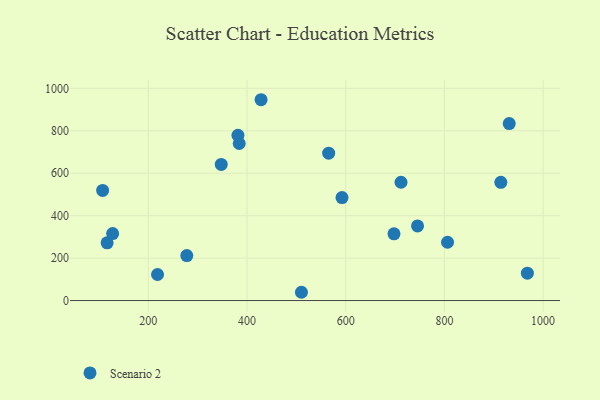
{"axis": {"x": "Speed", "y": "Sales"}, "legend": ["Scenario 2"], "data": [{"x": "697.8", "y": 314.7, "type": "Scenario 2"}, {"x": "806.3", "y": 274.8, "type": "Scenario 2"}, {"x": "914.3", "y": 557.4, "type": "Scenario 2"}, {"x": "347.7", "y": 641.7, "type": "Scenario 2"}, {"x": "127.6", "y": 315.5, "type": "Scenario 2"}, {"x": "277.9", "y": 211.9, "type": "Scenario 2"}, {"x": "116.4", "y": 271.9, "type": "Scenario 2"}, {"x": "428.4", "y": 946.5, "type": "Scenario 2"}, {"x": "931.3", "y": 834.1, "type": "Scenario 2"}, {"x": "218.6", "y": 122.7, "type": "Scenario 2"}, {"x": "712.0", "y": 557.5, "type": "Scenario 2"}, {"x": "745.5", "y": 351.5, "type": "Scenario 2"}, {"x": "592.4", "y": 485.5, "type": "Scenario 2"}, {"x": "107.3", "y": 518.8, "type": "Scenario 2"}, {"x": "565.4", "y": 694.5, "type": "Scenario 2"}, {"x": "384.1", "y": 740.3, "type": "Scenario 2"}, {"x": "381.5", "y": 779.0, "type": "Scenario 2"}, {"x": "968.1", "y": 129.0, "type": "Scenario 2"}, {"x": "510.2", "y": 39.0, "type": "Scenario 2"}]}